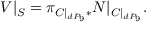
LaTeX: V | _ { { \cal S } } = \pi _ { { \cal C } | _ { d P _ { 9 } } * } { \cal N } | _ { { \cal { C } } | _ { d P _ { 9 } } } .